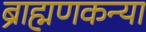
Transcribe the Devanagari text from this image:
ब्राह्मणकन्या